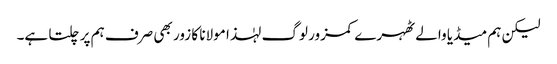
لیکن ہم میڈیا والے ٹھہرے کمزور لوگ لہٰذا مولانا کا زور بھی صرف ہم پر چلتا ہے۔